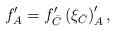
LaTeX: \begin{align*}f'_A=f'_{\bar C}\left(\xi_{\bar C} \right)'_A,\end{align*}